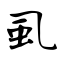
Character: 虱